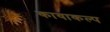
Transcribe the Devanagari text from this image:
कायाकल्‍प